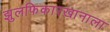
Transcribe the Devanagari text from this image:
झुलफिकारखानाला